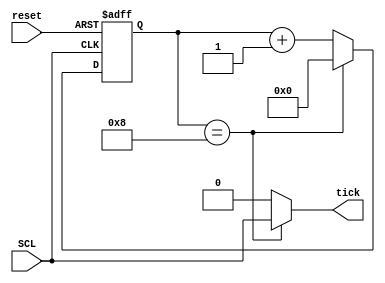
`timescale 1ns / 1ps
//////////////////////////////////////////////////////////////////////////////////
// Module Name: SIPO
// Description: 
// 9 bit counter with tick at 8th bit.
//  
// 
//////////////////////////////////////////////////////////////////////////////////

module posedge_counter
(
input SCL,reset,
output tick  
);
//signal declaration
reg [3:0] r_reg;
reg [3:0] r_next;
always @(posedge SCL or posedge reset) begin
    if (reset) 
        r_reg <= 0;
    else 
        r_reg <= r_next;
end
// Next State Logic
always @(*) begin
    if (r_reg == 8)
        r_next = 0;
    else
        r_next = r_reg + 1;
end
    

// output logic
assign tick = (r_reg==8) ? SCL : 1'b0;  // Clock Masking

endmodule